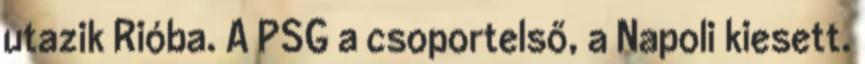
utazik Rióba. A PSG a csoportelső, a Napoli kiesett.